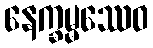
နေက္ခမ္မဿေဝ